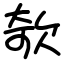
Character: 欹